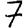
Digit: 7